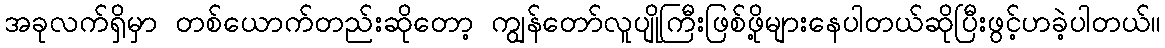
အခုလက်ရှိမှာ တစ်ယောက်တည်းဆိုတော့ ကျွန်တော်လူပျိုကြီးဖြစ်ဖို့များနေပါတယ်ဆိုပြီးဖွင့်ဟခဲ့ပါတယ်။